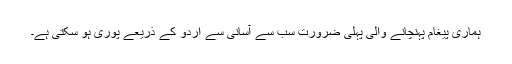
ہماری پیغام پہنچانے والی پہلی ضرورت سب سے آسانی سے اردو کے ذریعے پوری ہو سکتی ہے۔